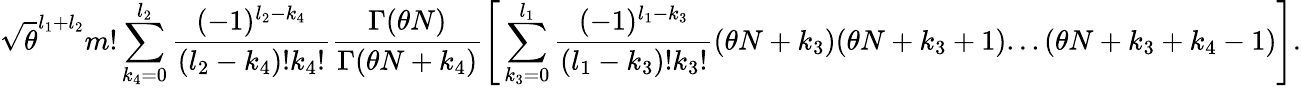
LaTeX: \sqrt{\theta}^{l_{1}+l_{2}}m!\sum_{k_{4}=0}^{l_{2}}\frac{(-1)^{l_{2}-k_{4}}}{(l_{2}-k_{4})!k_{4}!}\frac{\Gamma(\theta N)}{\Gamma(\theta N+k_{4})}\Bigg[\sum_{k_{3}=0}^{l_{1}}\frac{(-1)^{l_{1}-k_{3}}}{(l_{1}-k_{3})!k_{3}!}(\theta N+k_{3})(\theta N+k_{3}+1)...(\theta N+k_{3}+k_{4}-1)\Bigg].